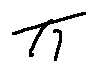
\pi